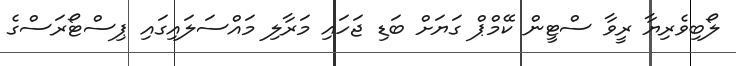
ލޯބިވެރިޔާ ރީވާ ސްޓީން ކޭމްޕް ގަޔަށް ބަޑި ޖަހައި މަރާލި މައްސަލައިގައި ޕިސްޓޯރަސްގެ